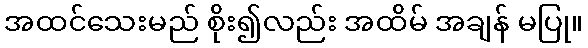
အထင်သေးမည် စိုး၍လည်း အထိမ် အချန် မပြု။